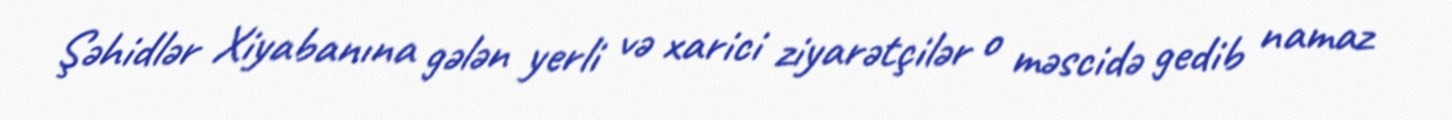
Şəhidlər Xiyabanına gələn yerli və xarici ziyarətçilər o məscidə gedib namaz